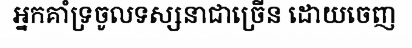
អ្នកគាំទ្រចូលទស្សនាជាច្រើន ដោយចេញ